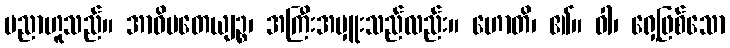
ပညာဟူသည်။ အာဓိပတေယျဉ္စ၊ အကြီးအမှူးသည်လည်း။ ဟောတိ၊ ၏။ ဝါ၊ ရှေ့ဖြစ်သော